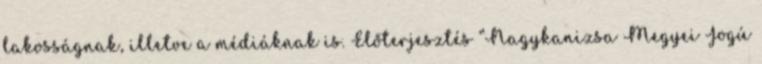
lakosságnak, illetve a médiáknak is. Előterjesztés “Nagykanizsa Megyei Jogú